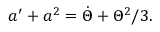
a ^ { \prime } + a ^ { 2 } = \dot { \Theta } + \Theta ^ { 2 } / 3 .